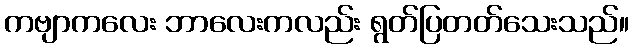
ကဗျာကလေး ဘာလေးကလည်း ရွတ်ပြတတ်သေးသည်။